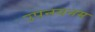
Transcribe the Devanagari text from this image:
उपनयनम